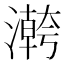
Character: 𱩡